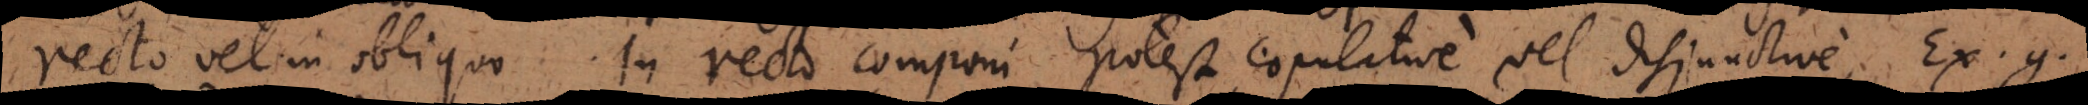
recto vel in obliquo. In recto componi potest copulative vel disjunctive. Ex. g.